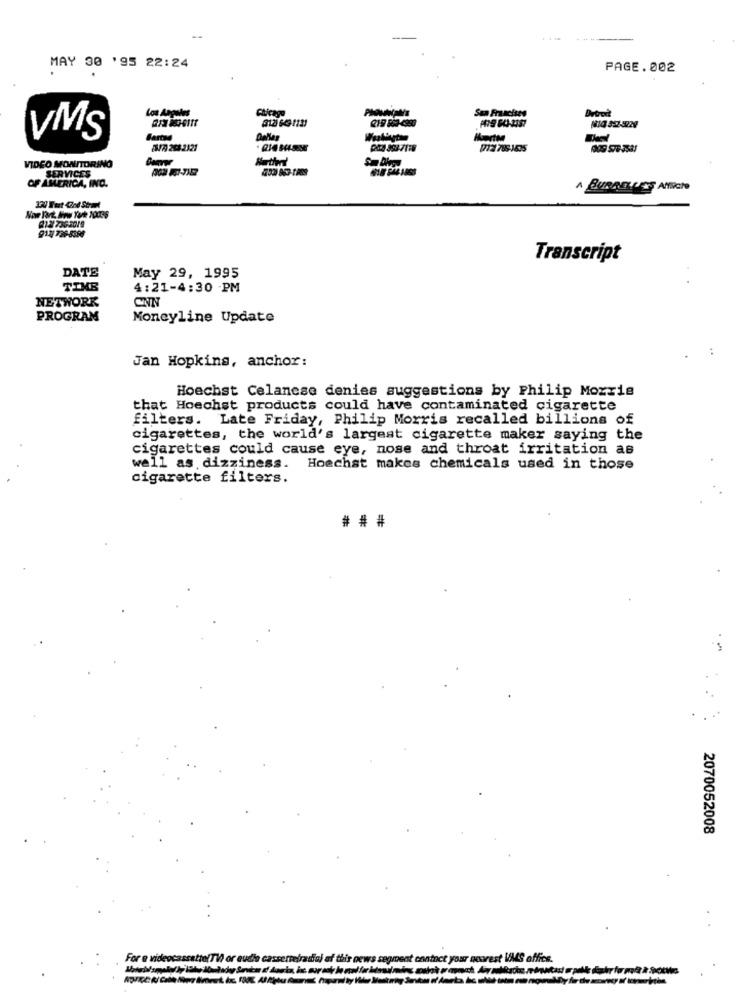
MAY 30 '95 22:24
PAGE.002
Los Angeles
Chicago
San Francisco
Brood
219 863-4990
VMS
Fartyg
S/7 263-2121
0712 785-1635
VIDEO MONITORING
SERVICES
OF AMERICA, IND.
1200 Furt God Start
913 726-8386
Transcript
DATE
May 29, 1995
TIMB
4:21-4:30 PM
NETWORK
CNN
PROGRAM
Moneyline Update
Jan Hopkins, anchor:
Hoechst Celancse denies suggestions by Philip Morris
that Hoechst products could have contaminated cigarette
filters. Late Friday, Philip Morris recalled billions of
cigarettes, the world's largest cigarette maker saying the
cigarettes could cause eye, nose and throat irritation as
well as dizziness. Hoechst makes chemicals used in those
cigarette filters.
## #
2070052008
For a videocassatto(Ti or audio cassettefradia) of this news segment contact your nearest VMS office.